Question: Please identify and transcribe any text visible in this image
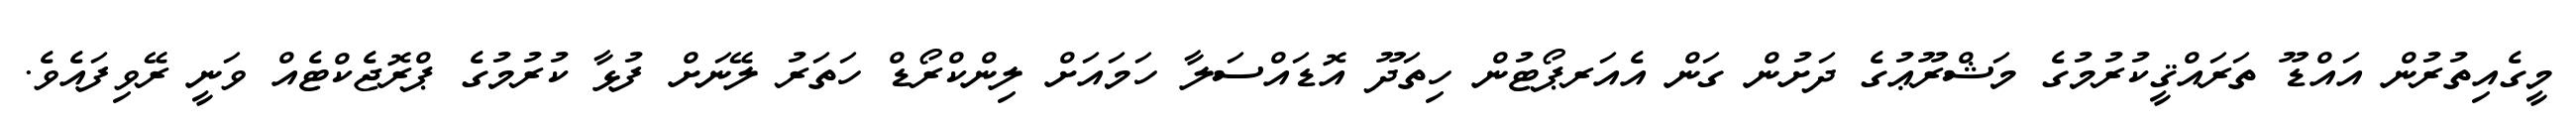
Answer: މީގެއިތުރުން އައްޑޫ ތަރައްޤީކުރުމުގެ މަޝްރޫޢުގެ ދަށުން ގަން އެއަރޕޯޓުން ހިތަދޫ އޮޑައްސަލާ ހަމައަށް ލިންކްރޯޑް ހަތަރު ލޭނަށް ފުޅާ ކުރުމުގެ ޕްރޮޖެކްޓެއް ވަނީ ރޭވިފައެވެ.